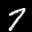
Label: 7